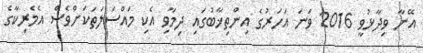
އޭނާ ވިދާޅުވީ 2016 ވަނަ އަހަރުގެ އިންތިޚާބުގައި ދިމާވި އެކި މައްސަލަތަކަށްވެސް އެމެރިކާގެ